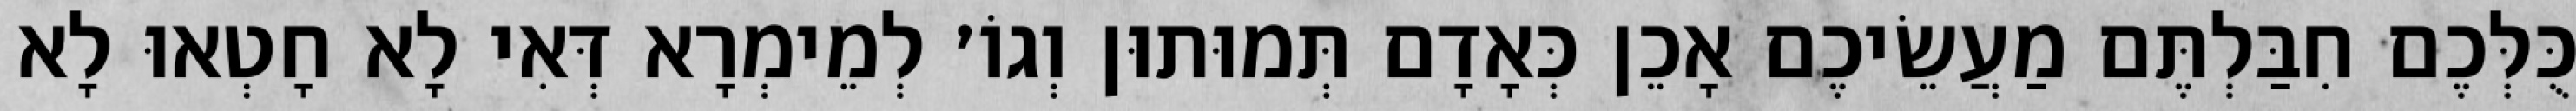
כֻּלְּכֶם חִבַּלְתֶּם מַעֲשֵׂיכֶם אָכֵן כְּאָדָם תְּמוּתוּן וְגוֹ׳ לְמֵימְרָא דְּאִי לָא חָטְאוּ לָא